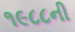
૧૯૮૮ની